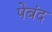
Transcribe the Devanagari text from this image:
पेबंद